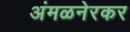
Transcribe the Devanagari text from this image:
अंमळनेरकर